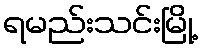
ရမည်းသင်းမြို့